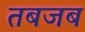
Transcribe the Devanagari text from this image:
तबजब